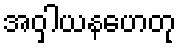
အဝှါယနဟေတု